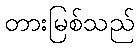
တားမြစ်သည်